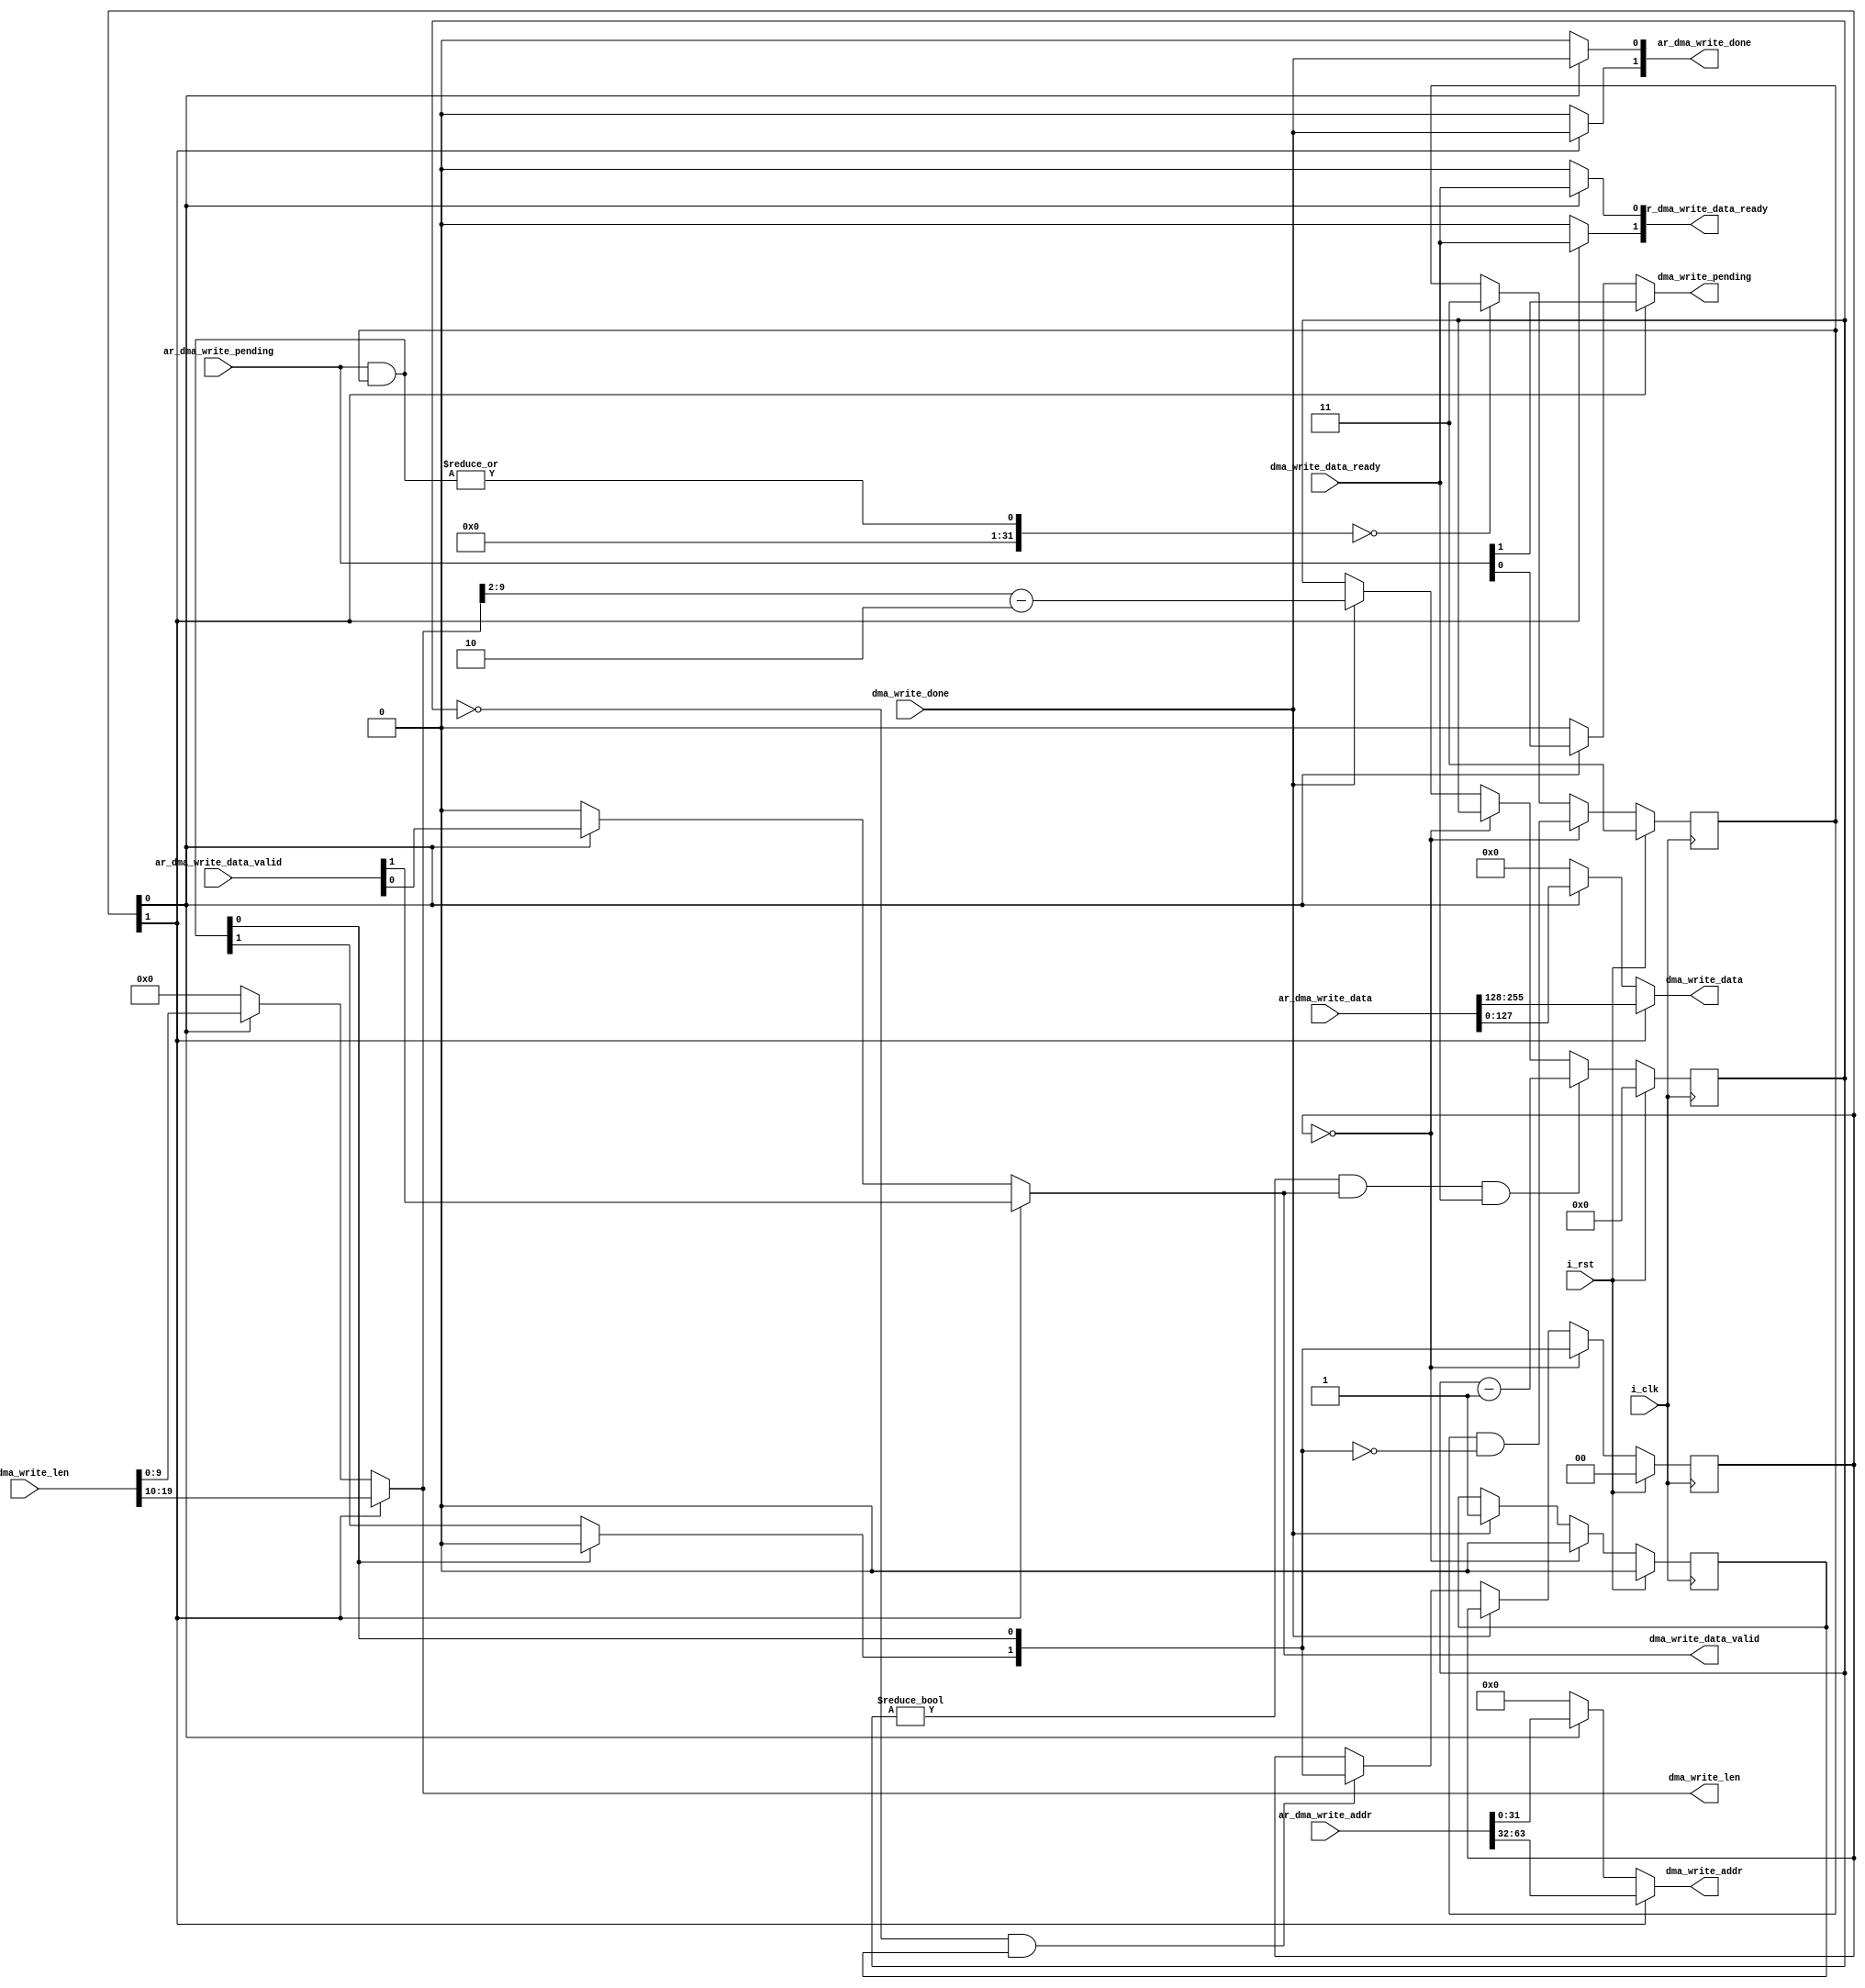
module dma_write_arbiter #(
	parameter p_paths = 2
)(
	input wire i_clk,
	input wire i_rst,

	input wire [p_paths*32-1:0] ar_dma_write_addr,
	input wire [p_paths*10-1:0] ar_dma_write_len,
	input wire [p_paths-1:0] 	ar_dma_write_pending,
	output reg [p_paths-1:0] 	ar_dma_write_done,

	input wire [p_paths*128-1:0] ar_dma_write_data,
  	input wire [p_paths-1:0]     ar_dma_write_data_valid,
  	output reg [p_paths-1:0]     ar_dma_write_data_ready,


	output reg [31:0] 			dma_write_addr,
	output reg [9:0] 			dma_write_len,
	output reg 					dma_write_pending,
	input wire 					dma_write_done,

	output reg 					dma_write_data_valid,
	output reg [127:0] 			dma_write_data,
	input wire 					dma_write_data_ready
);


(* dont_touch = "true" *) reg [p_paths-1:0] r_last_path_mask;
(* dont_touch = "true" *) reg [p_paths-1:0] r_active_path;
(* dont_touch = "true" *) reg [7:0] r_dma_write_cycles;

// Output mux
genvar i;
integer j;
generate
	always @(*) begin
		dma_write_addr = 0;
		dma_write_len = 0;
		dma_write_pending = 0;
		ar_dma_write_done = 0;

		dma_write_data = 0;
		dma_write_data_valid = 0;
		ar_dma_write_data_ready = 0;

		for (j=0; j<p_paths; j=j+1) begin
			if(r_active_path[j]) begin
				dma_write_addr = ar_dma_write_addr[j*32+:32];
				dma_write_len = ar_dma_write_len[j*10+:10];
				dma_write_pending = ar_dma_write_pending[j];
				ar_dma_write_done[j] = dma_write_done;

				dma_write_data = ar_dma_write_data[j*128+:128];
				dma_write_data_valid = ar_dma_write_data_valid[j];
				ar_dma_write_data_ready[j] = dma_write_data_ready;
			end else begin
				ar_dma_write_done[j] = 0;
				ar_dma_write_data_ready[j] = 0;
			end
		end
	end
endgenerate


wire [p_paths-1:0] paths_ready = ar_dma_write_pending & r_last_path_mask;
reg [p_paths-1:0] path_sel;

reg r_was_done;
generate
    for (i=0; i<p_paths; i=i+1) begin
        reg all_null;
        always @(*) begin
            all_null = paths_ready[i];
            for (j=0; j<i;j=j+1) begin
                if(paths_ready[j])
                    all_null = 0;
            end
        end

        always @(*) begin
            path_sel[i] = all_null;
        end
    end
endgenerate

localparam
	lp_state_bits = 32,
	lp_state_idle = 0;

always @(posedge i_clk) begin
	if (i_rst) begin
		r_last_path_mask <= {p_paths{1'b1}};
		r_active_path <= 0;
		r_dma_write_cycles <= 0;
		r_was_done <= 0;
	end else begin
		if (|paths_ready == 0) r_last_path_mask <= {p_paths{1'b1}};
		
		if(r_active_path == 0) begin
			r_active_path <= path_sel;
			r_last_path_mask <= r_last_path_mask & ~path_sel;
			r_was_done <= 0;
		end else if(dma_write_done) begin
			r_dma_write_cycles <= dma_write_len[9:2]-2;
			r_was_done <= 1;
		end else if(r_dma_write_cycles == 0 && r_was_done) begin
			r_active_path <= path_sel;
		end

		if(r_dma_write_cycles != 0 && dma_write_data_valid && dma_write_data_ready) r_dma_write_cycles <= r_dma_write_cycles - 1'b1;
	end
end

endmodule